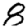
Digit: 8